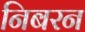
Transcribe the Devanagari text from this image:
निबरन